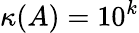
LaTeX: \kappa(A)=10^{k}